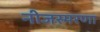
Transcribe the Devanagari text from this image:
नीजस्मरणा